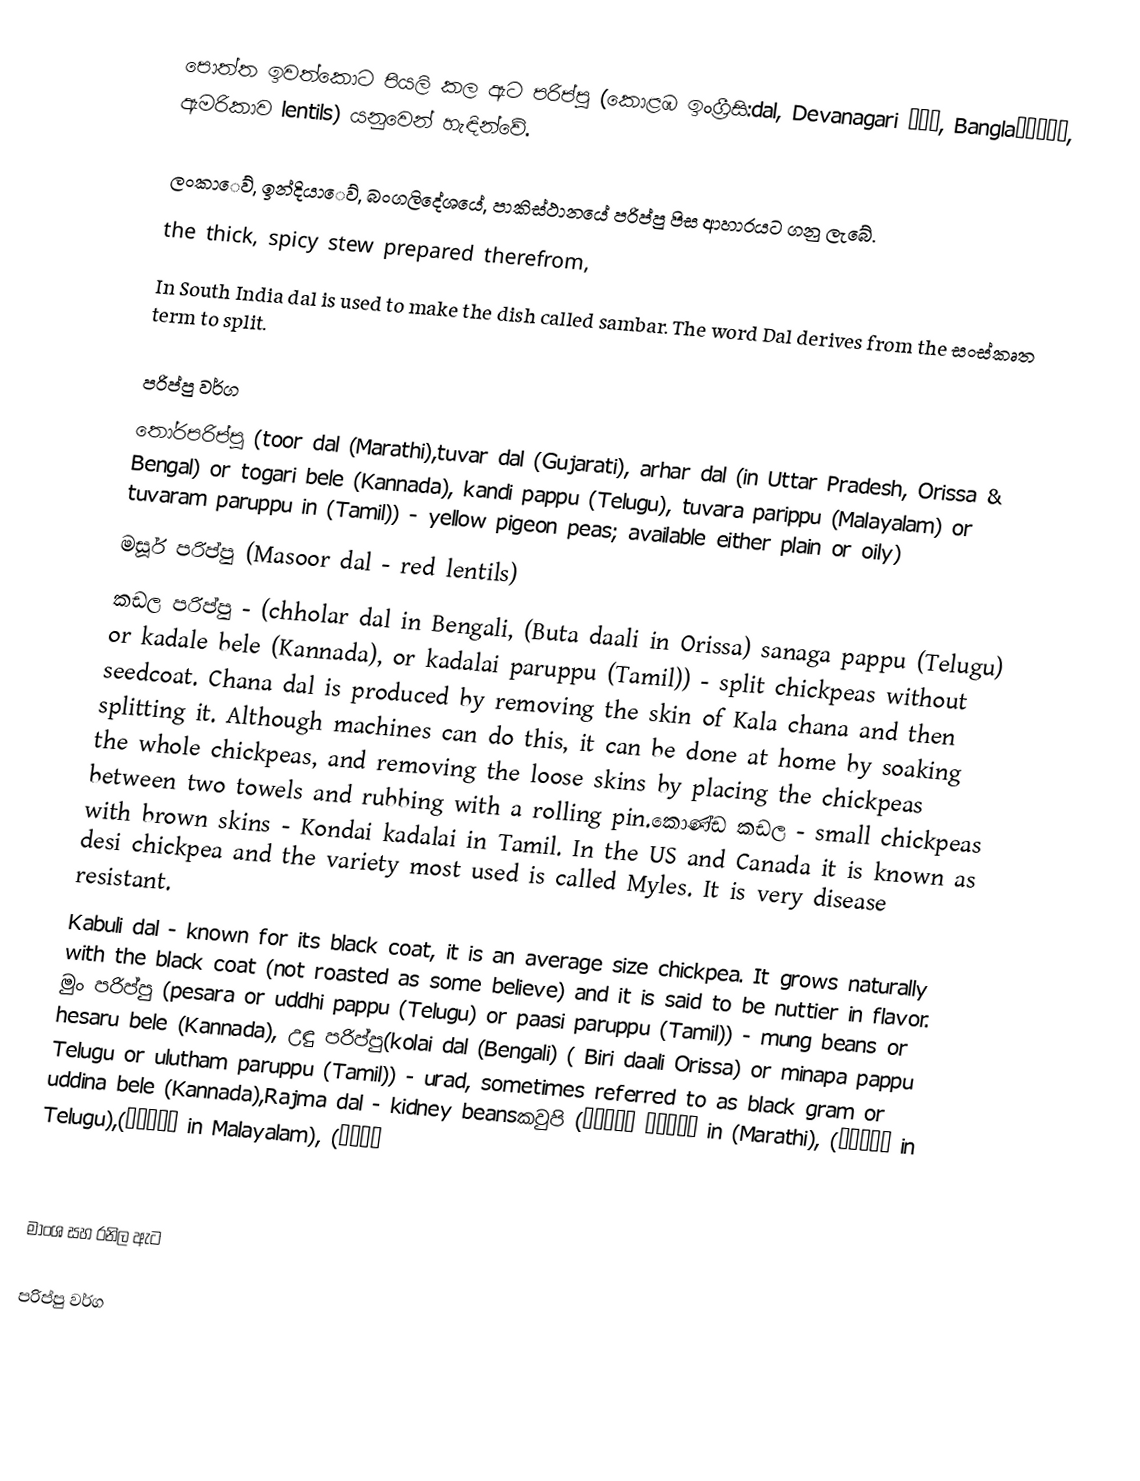
පොත්ත ඉවත්කොට පියලි කල ඇට පරිප්පු (කොළඹ ඉංග්‍රීසි:dal, Devanagari दाल, Banglaদ্দাল, ඇමරිකාව lentils) යනුවෙන් හැඳින්වේ.

ලංකාෙව්, ඉන්දියාෙව්, බංගලිදේශයේ, පාකිස්ථානයේ පරිප්පු පිස ආහාරයට ගනු ලැබේ.
the thick, spicy stew prepared therefrom,
In South India dal is used to make the dish called sambar. The word Dal derives from the සංස්කෘත term to split.

පරිප්පු වර්ග
 තෝරපරිප්පු (toor dal (Marathi),tuvar dal (Gujarati), arhar dal (in Uttar Pradesh, Orissa & Bengal) or togari bele (Kannada), kandi pappu (Telugu), tuvara parippu (Malayalam) or tuvaram paruppu in (Tamil)) - yellow pigeon peas; available either plain or oily)
 මසූර් පරිප්පු (Masoor dal - red lentils)
කඩල පරිප්‍පු - (chholar dal in Bengali, (Buta daali in Orissa) sanaga pappu (Telugu) or kadale bele (Kannada), or kadalai paruppu (Tamil)) - split chickpeas without seedcoat. Chana dal is produced by removing the skin of Kala chana and then splitting it. Although machines can do this, it can be done at home by soaking the whole chickpeas, and removing the loose skins by placing the chickpeas between two towels and rubbing with a rolling pin.කොණ්‍ඩ කඩල - small chickpeas with brown skins - Kondai kadalai in Tamil. In the US and Canada it is known as desi chickpea and the variety most used is called Myles. It is very disease resistant.
 Kabuli dal - known for its black coat, it is an average size chickpea. It grows naturally with the black coat (not roasted as some believe) and it is said to be nuttier in flavor. මුං පරිප්පු (pesara or uddhi pappu (Telugu) or paasi paruppu (Tamil)) - mung beans or hesaru bele (Kannada), උඳු පරිප්පු(kolai dal (Bengali) ( Biri daali Orissa)  or minapa pappu Telugu or ulutham paruppu (Tamil)) - urad, sometimes referred to as black gram or uddina bele (Kannada),Rajma dal - kidney beansකවුපි (थट्टा पायिर in (Marathi), (అలసంద in Telugu),(വൻപയർ in Malayalam), (बोडी

මාංශ සහ රනිල ඇට

පරිප්පු වර්ග